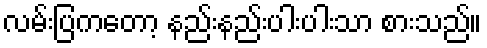
လမ်းပြကတော့ နည်းနည်းပါးပါးသာ စားသည်။